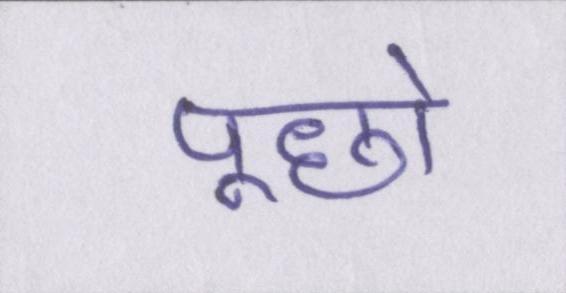
पूछो